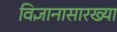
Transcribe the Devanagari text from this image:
विज्ञानासारख्या